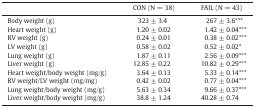
<table><thead><tr><td></td><td><b>CON (N = 38)</b></td><td><b>FAIL (N = 43)</b></td></tr></thead><tbody><tr><td>Body weight (g)</td><td>323 ± 3.4</td><td>267 ± 3.6***</td></tr><tr><td>Heart weight (g)</td><td>1.20 ± 0.02</td><td>1.42 ± 0.04***</td></tr><tr><td>RV weight (g)</td><td>0.24 ± 0.01</td><td>0.38 ± 0.02***</td></tr><tr><td>LV weight (g)</td><td>0.58 ± 0.02</td><td>0.52 ± 0.02*</td></tr><tr><td>Lung weight (g)</td><td>1.87 ± 0.11</td><td>2.56 ± 0.09***</td></tr><tr><td>Liver weight (g)</td><td>12.85 ± 0.22</td><td>10.82 ± 0.29***</td></tr><tr><td>Heart weight/body weight (mg/g)</td><td>3.64 ± 0.13</td><td>5.33 ± 0.14***</td></tr><tr><td>RV weight/LV weight (mg/mg)</td><td>0.42 ± 0.02</td><td>0.77 ± 0.04***</td></tr><tr><td>Lung weight/body weight (mg/g)</td><td>5.63 ± 0.34</td><td>9.66 ± 0.37***</td></tr><tr><td>Liver weight/body weight (mg/g)</td><td>38.8 ± 1.24</td><td>40.28 ± 0.74</td></tr></tbody></table>